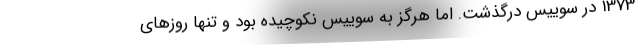
1373 در سوییس درگذشت. اما هرگز به سوییس نکوچیده بود و تنها روزهای